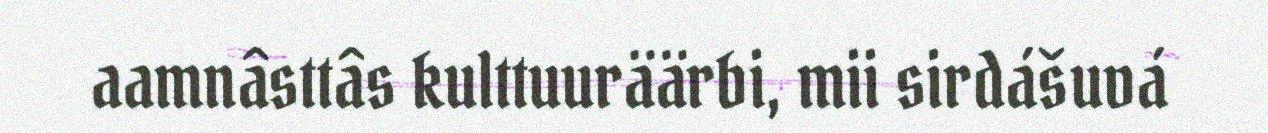
aamnâsttâs kulttuuräärbi, mii sirdášuvá